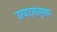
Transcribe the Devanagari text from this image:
उत्पादनानुसार